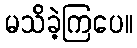
မသိခဲ့ကြပေ။